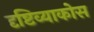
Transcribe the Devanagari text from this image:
दृष्टिव्याकोस